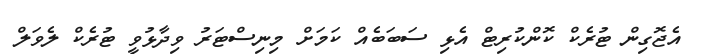
އެޖޮގިން ޓުރެކް ކޮންކުރިޓް އެޅި ސަބަބެއް ކަމަށް މިނިސްޓަރު ވިދާޅުވީ ޓުރެކް ލެވަލް